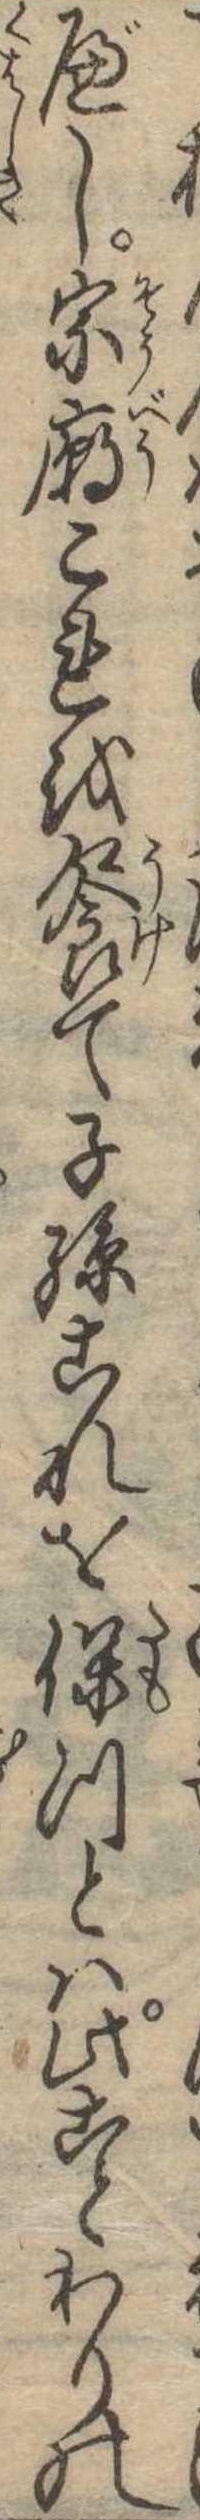
べし宗廟これを饗て子孫これを保つとは此ことわりの